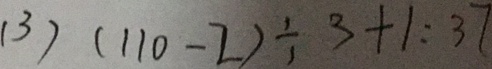
( 3 ) ( 1 1 0 - 2 ) \div 3 + 1 : 3 7